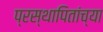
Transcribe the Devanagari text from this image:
प्रस्थापितांच्या